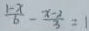
\frac { 1 - x } { 6 } - \frac { x - 2 } { 3 } = 1